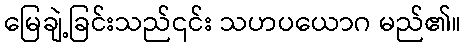
မြေချဲ့ခြင်းသည်၎င်း သဟပယောဂ မည်၏။